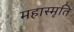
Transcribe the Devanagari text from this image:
महास्मृति